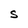
Character: S